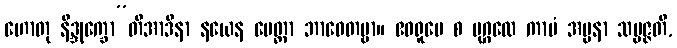
ဟောတု နိဒ္ဒုက္ခော”တိအာဒိနာ နယေန မေတ္တာ ဘာဝေတဗ္ဗာ။ ဧဝရူပေ စ ပုဂ္ဂလေ ကာမံ အပ္ပနာ သမ္ပဇ္ဇတိ,